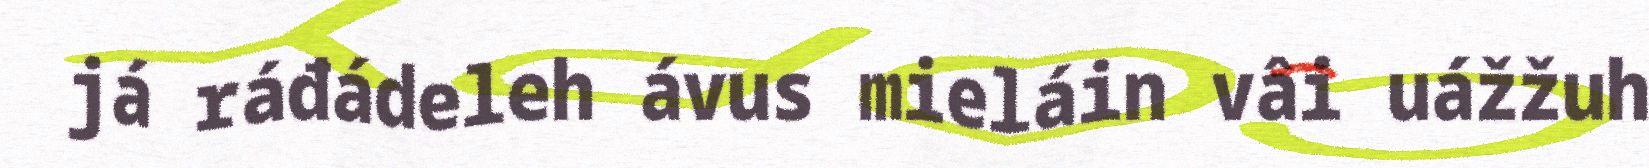
já ráđádeleh ávus mieláin vâi uážžuh